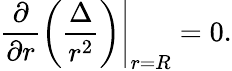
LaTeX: \left.\frac{\partial}{\partial r}\left(\frac{\Delta}{r^{2}}\right)\right|_{r=R}=0.